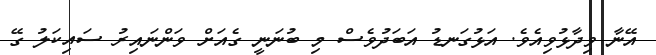
އޭނާ ވިދާޅުވިއެވެ. އަޅުގަނޑު އަބަދުވެސް މި ބުނަނީ ގެއަށް ވަންނައިރު ސައިކަލު ގޭ